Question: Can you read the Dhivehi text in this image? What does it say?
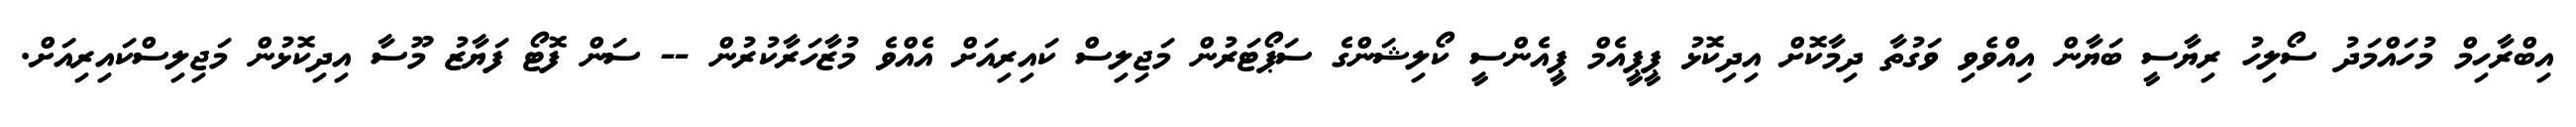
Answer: އިބްރާހިމް މުހައްމަދު ސޯލިހު ރިޔާސީ ބަޔާން އިއްވެވި ވަގުތާ ދިމާކޮށް އިދިކޮޅު ޕީޕީއެމް ޕީއެންސީ ކޯލިޝަންގެ ސަޕޯޓަރުން މަޖިލިސް ކައިރިއަށް އެއްވެ މުޒާހަރާކުރުން -- ސަން ފޮޓޯ ފަޔާޒު މޫސާ އިދިކޮޅުން މަޖިލިސްކައިރިއަށް.